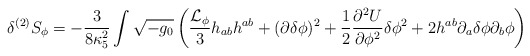
\begin{align*}\delta^{(2)}S_{\phi}=-\frac{3}{8\kappa_5^2}\int \sqrt{-g_0}\left(\frac{{\cal L}_{\phi}}{3}h_{ab}h^{ab}+ (\partial\delta\phi)^2 +\frac{1}{2}\frac{\partial^2 U}{\partial \phi^2}\delta\phi^2 + 2h^{ab}\partial_a\delta\phi\partial_b\phi\right)\end{align*}